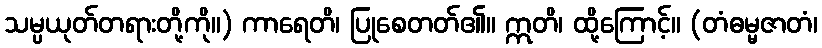
သမ္ပယုတ်တရားတို့ကို။) ကာရေတိ၊ ပြုစေတတ်၏။ ဣတိ၊ ထို့ကြောင့်။ (တံဓမ္မဇာတံ၊